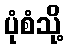
ပုံစံသို့